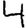
Digit: 4